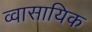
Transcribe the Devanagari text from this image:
व्वासायिक